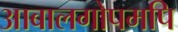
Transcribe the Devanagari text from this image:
आबालगोपमपि